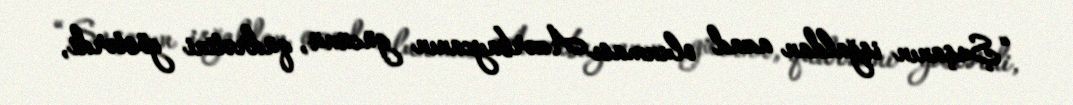
“Şuşanın işğaldan azad olunması Azərbaycanın gücünü, qüdrətini göstərdi,